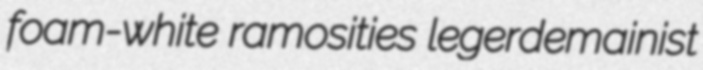
foam-white ramosities legerdemainist